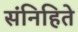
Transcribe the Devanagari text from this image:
संनिहिते